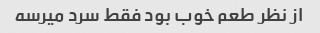
از نظر طعم خوب بود فقط سرد میرسه